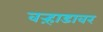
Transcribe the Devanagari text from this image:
वऱ्हाडावर